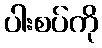
ပါးစပ်ကို